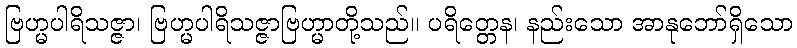
ဗြဟ္မပါရိသဇ္ဇာ၊ ဗြဟ္မပါရိသဇ္ဇာဗြဟ္မာတို့သည်။ ပရိတ္တေန၊ နည်းသော အာနုဘော်ရှိသော